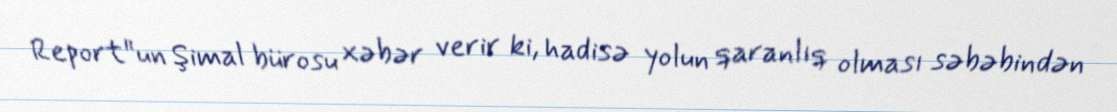
Report"un Şimal bürosu xəbər verir ki, hadisə yolun qaranlıq olması səbəbindən